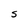
Character: S